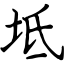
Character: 坻